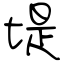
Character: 堤